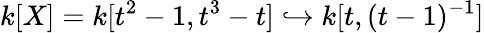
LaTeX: k[X]=k[t^{2}-1,t^{3}-t]\hookrightarrow k[t,(t-1)^{-1}]